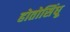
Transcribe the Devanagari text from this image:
होतोसिंधू